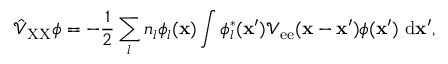
\hat { \mathcal { V } } _ { \mathrm { X X } } \phi = - \frac { 1 } { 2 } \sum _ { l } { n _ { l } \phi _ { l } ( { \bf x } ) \int { \phi _ { l } ^ { * } ( { \bf x } ^ { \prime } ) \mathcal { V } _ { \mathrm { e e } } ( { \bf x } - { \bf x } ^ { \prime } ) \phi ( { \bf x } ^ { \prime } ) \ \mathrm { d } { \bf x } ^ { \prime } } } ,